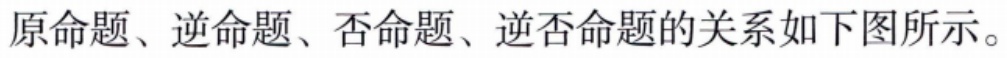
原命题、逆命题、否命题、逆否命题的关系如下图所示。